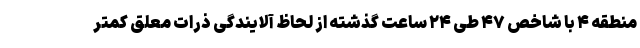
منطقه ۴ با شاخص ۴۷ طی ۲۴ ساعت گذشته از لحاظ آلایندگی ذرات معلق کمتر